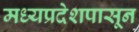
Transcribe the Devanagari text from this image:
मध्यप्रदेशपासून